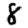
Digit: 8